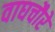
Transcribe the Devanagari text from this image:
वाघचौरे